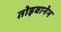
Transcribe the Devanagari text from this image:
तोइवानेन